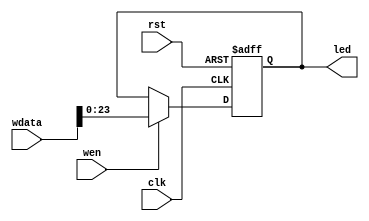
module LED(
    input wire rst,
    input wire clk,

    input wire wen,
    input wire [31: 0] wdata,

    output reg [23: 0] led
);

always @(posedge rst or posedge clk) begin
    if(rst)
        led <= 24'h000000;
    else if(wen)
        led <= wdata[23: 0];
    else
        led <= led;
end

endmodule